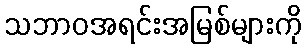
သဘာဝအရင်းအမြစ်များကို